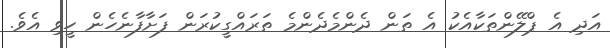
އަދި އެ ޕްލޭންތަކާއެކު އެ ތަން ދެންމެދެންމެ ތަރައްގީކުރަން ފަށާފާނެހެން ހީވި އެވެ.